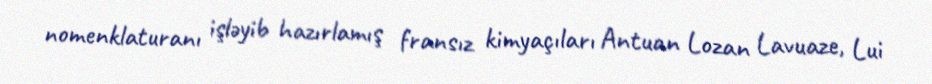
nomenklaturanı işləyib hazırlamış fransız kimyaçıları Antuan Lozan Lavuaze, Lui